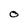
Character: O